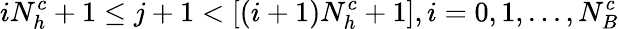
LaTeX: iN_{h}^{c}+1\le j+1<[(i+1)N_{h}^{c}+1],i=0,1,...,N_{B}^{c}